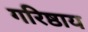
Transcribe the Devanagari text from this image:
गरिष्ठाय